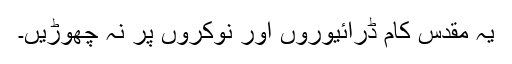
یہ مقدس کام ڈرائیوروں اور نوکروں پر نہ چھوڑیں۔